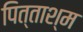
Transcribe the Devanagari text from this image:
पित्ताश्म